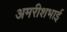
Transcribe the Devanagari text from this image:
अमरीशभाई